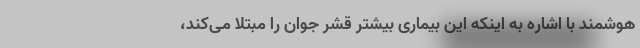
هوشمند با اشاره به اینکه این بیماری بیشتر قشر جوان را مبتلا می‌کند،